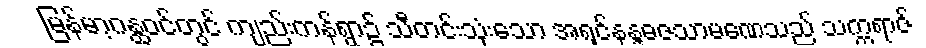
မြန်မာ့ဂန္ထဝင်တွင် ကျည်းကန်ရွာ၌ သီတင်းသုံးသော အရှင်နန္ဒဓဇသာမဏေသည် သက္ကရာဇ်